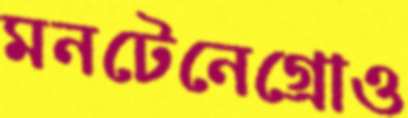
মনটেনেগ্রোও